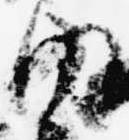
内